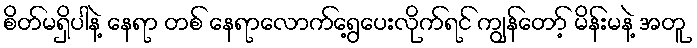
စိတ်မရှိပါနဲ့ နေရာ တစ် နေရာလောက်ရွေ့ပေးလိုက်ရင် ကျွန်တော့် မိန်းမနဲ့ အတူ